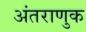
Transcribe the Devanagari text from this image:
अंतराणुक